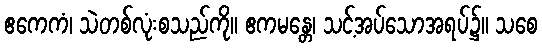
ဧကေကံ၊ သဲတစ်လုံးစသည်ကို။ ဧကမန္တေ၊ သင့်အပ်သောအရပ်၌။ သစေ